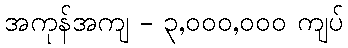
အကုန်အကျ - ၃,၀၀၀,၀၀၀ ကျပ်